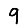
Digit: 9